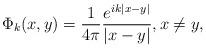
LaTeX: \begin{align*}\Phi_{k}(x,y)=\frac{1}{4\pi}\frac{e^{i k |x-y|}}{|x-y|},x\neq y,\end{align*}